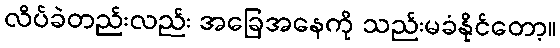
လိပ်ခဲတည်းလည်း အခြေအနေကို သည်းမခံနိုင်တော့။